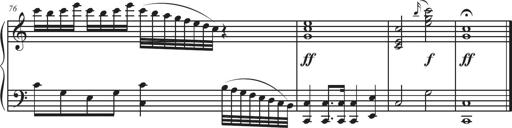
Title: Sonatina Espania
Composer: Jerald Franklin Archer
Key: Various